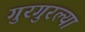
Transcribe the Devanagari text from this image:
गुरगुरल्या